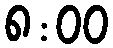
၈:၀၀